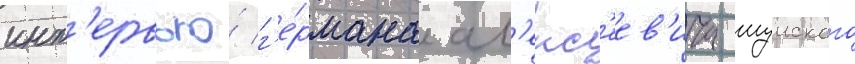
инт'ервью́ г'е́рмана ал'екс'еев'ича шуиского